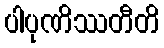
ပါပုဏိဿတီတိ